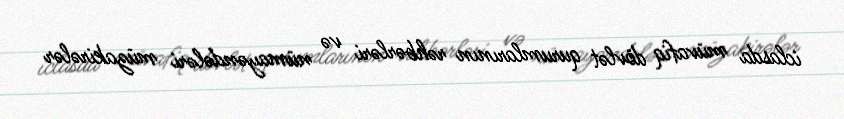
iclasda müvafiq dövlət qurumlarının rəhbərləri və nümayəndələri müzakirələr